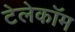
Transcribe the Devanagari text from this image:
टेलेकॉम